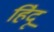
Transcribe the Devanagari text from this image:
हि॓दू